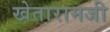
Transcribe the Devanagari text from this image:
खेतारामजी